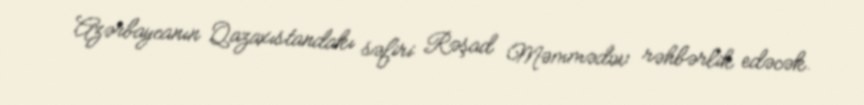
Azərbaycanın Qazaxıstandakı səfiri Rəşad Məmmədov rəhbərlik edəcək.